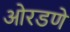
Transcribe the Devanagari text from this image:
ओरडणे